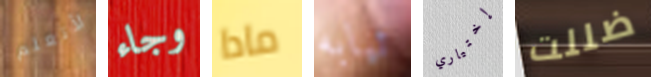
لأتعلم وجاء مادا ثيابه إختياري ضللت